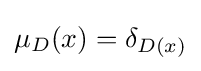
\mu _{D}(x)=\delta _{D(x)}